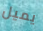
يميل